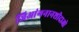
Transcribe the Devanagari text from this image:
जिआंगनानशीदाओ